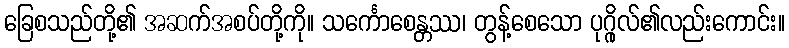
ခြေစသည်တို့၏ အဆက်အစပ်တို့ကို။ သင်္ကောစေန္တဿ၊ တွန့်စေသော ပုဂ္ဂိုလ်၏လည်းကောင်း။